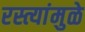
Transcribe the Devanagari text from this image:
रस्त्यांमुळे